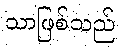
သာဖြစ်သည်